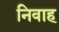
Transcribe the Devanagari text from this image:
निवाह